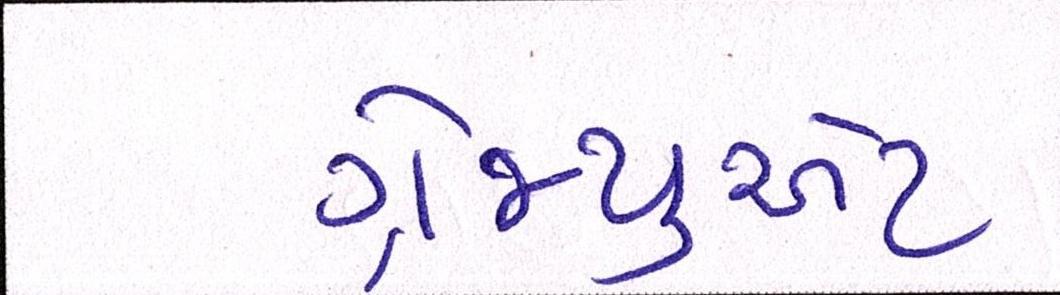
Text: ગ્રેજ્યુએટ